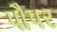
પૌપર